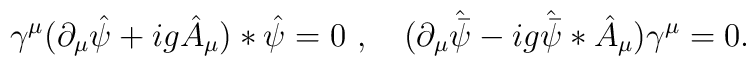
\gamma ^\mu (\partial _\mu \hat \psi +ig\hat A_\mu )*\hat \psi=0~,~~~ (\partial _\mu \hat {\bar \psi } -ig \hat {\bar\psi }*\hat A_\mu )\gamma ^\mu =0.